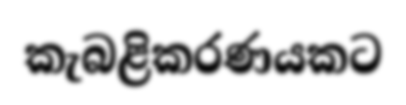
කැබළිකරණයකට